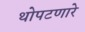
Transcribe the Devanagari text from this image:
थोपटणारे